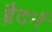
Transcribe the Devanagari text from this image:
ब्रैदर्न